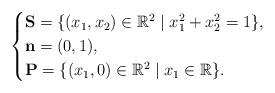
LaTeX: \begin{align*}\begin{cases}\mathbf{S} = \{ (x_1, x_2) \in \mathbb{R}^2 \mid x_1^2 + x_2^2 = 1 \},\\\mathbf{n} = (0, 1), \\ \mathbf{P} = \{ (x_1, 0) \in \mathbb{R}^2 \mid x_1 \in \mathbb{R} \}.\end{cases}\end{align*}